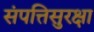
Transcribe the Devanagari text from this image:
संपत्तिसुरक्षा